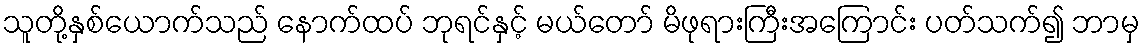
သူတို့နှစ်ယောက်သည် နောက်ထပ် ဘုရင်နှင့် မယ်တော် မိဖုရားကြီးအကြောင်း ပတ်သက်၍ ဘာမှ